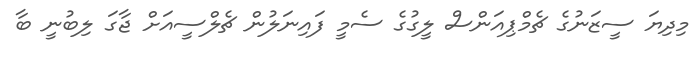
މިދިޔަ ސީޒަނުގެ ޗެމްޕިއަންސް ލީގުގެ ސެމީ ފައިނަލުން ޗެލްސީއަށް ޖާގަ ލިބުނީ ބާ